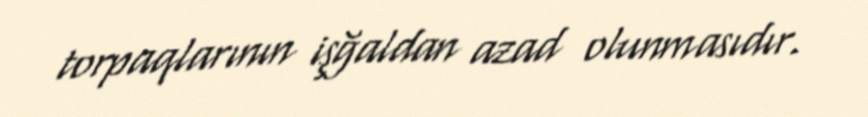
torpaqlarının işğaldan azad olunmasıdır.